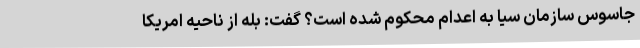
جاسوس سازمان سیا به اعدام محکوم شده است؟ گفت: بله از ناحیه امریکا